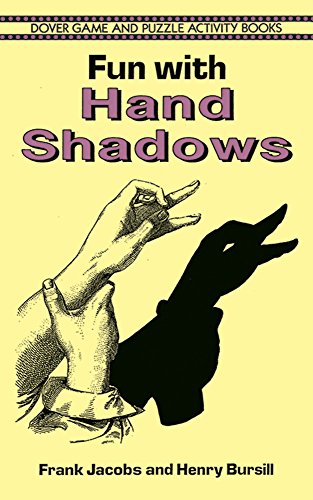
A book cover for Fun with Hand Shadows (Dover Children's Activity Books); Frank Jacobs; Humor & Entertainment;